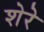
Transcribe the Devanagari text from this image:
शेरेे